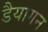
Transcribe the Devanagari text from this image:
डैयागन